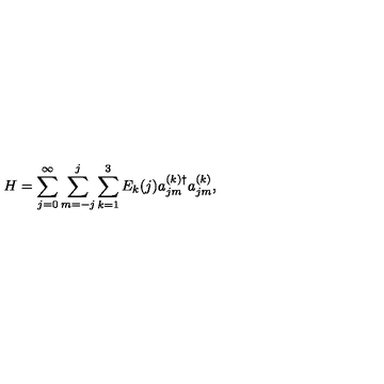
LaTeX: H = \sum _ { j = 0 } ^ { \infty } \sum _ { m = - j } ^ { j } \sum _ { k = 1 } ^ { 3 } E _ { k } ( j ) a _ { j m } ^ { ( k ) \dag } a _ { j m } ^ { ( k ) } ,